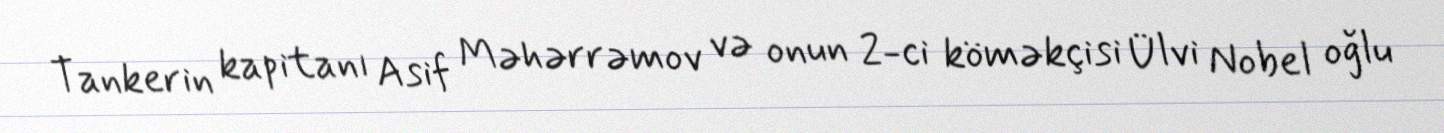
Tankerin kapitanı Asif Məhərrəmov və onun 2-ci köməkçisi Ülvi Nobel oğlu